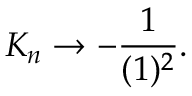
K _ { n } \rightarrow - \frac { 1 } { ( 1 ) ^ { 2 } } .